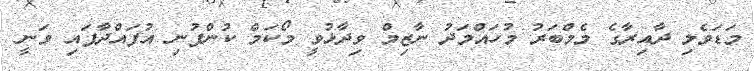
މަޑަވެލި ދާއިރާގެ މެމްބަރު މުހައްމަދު ނާޒިމް ވިދާޅުވީ މޯކަމް ކުންފުނި އުފައްދާފައި ވަނީ